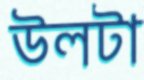
উলটা